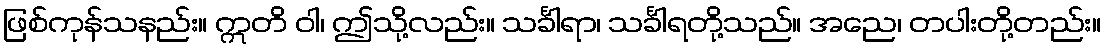
ဖြစ်ကုန်သနည်း။ ဣတိ ဝါ၊ ဤသို့လည်း။ သင်္ခါရာ၊ သင်္ခါရတို့သည်။ အညေ၊ တပါးတို့တည်း။